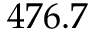
4 7 6 . 7